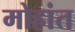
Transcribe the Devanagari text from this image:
मोहांत